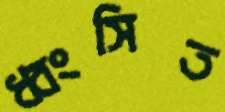
ধ্বংসিত